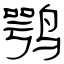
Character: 鹗